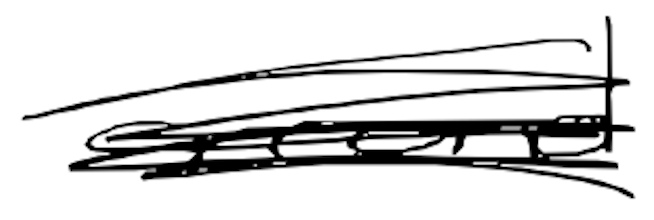
Text: second
Cross-out: scratch
Writing tool: digital_black